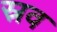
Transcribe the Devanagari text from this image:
स्रव